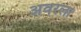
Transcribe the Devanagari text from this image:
अवरला